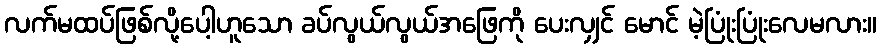
လက်မထပ်ဖြစ်လို့ပေါ့ဟူသော ခပ်လွယ်လွယ်အဖြေကို ပေးလျှင် မောင် မဲ့ပြုံးပြုံးလေမလား။